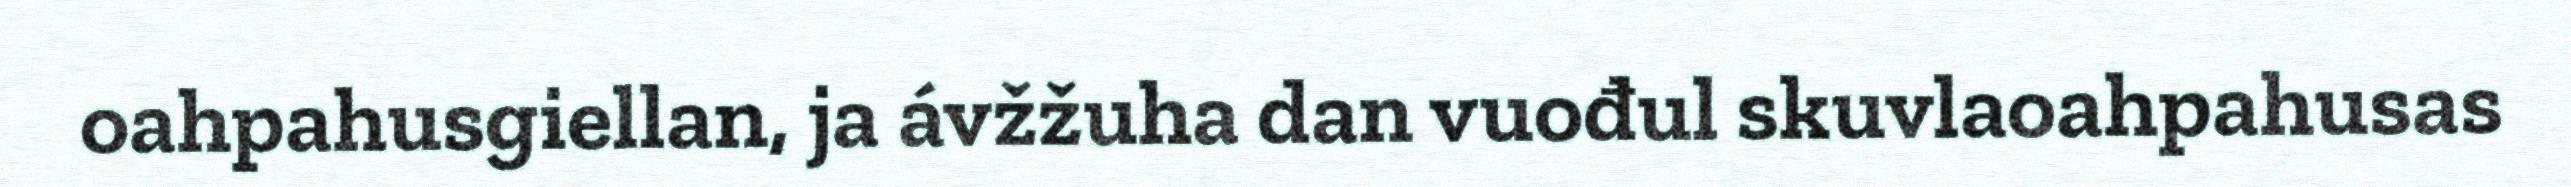
oahpahusgiellan, ja ávžžuha dan vuođul skuvlaoahpahusas